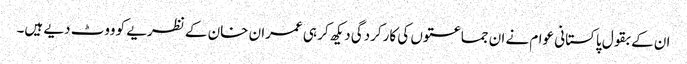
ان کے بقول پاکستانی عوام نے ان جماعتوں کی کارکردگی دیکھ کر ہی عمران خان کے نظریے کو ووٹ دیے ہیں۔